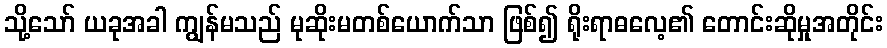
သို့သော် ယခုအခါ ကျွန်မသည် မုဆိုးမတစ်ယောက်သာ ဖြစ်၍ ရိုးရာဓလေ့၏ တောင်းဆိုမှုအတိုင်း